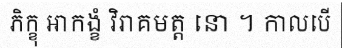
ភិក្ខុ ឣាកង្ខំ វិរាគមត្ត នោ ។ កាលបើ